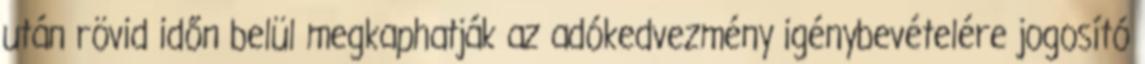
után rövid időn belül megkaphatják az adókedvezmény igénybevételére jogosító